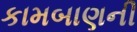
કામબાણની